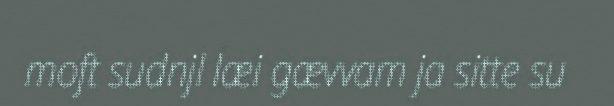
moft sudnjl læi gævvam ja sitte su